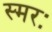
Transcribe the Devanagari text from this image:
स्मरः